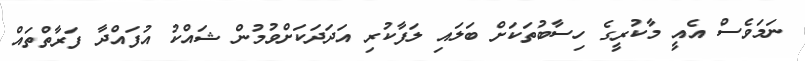
ނަމަވެސް އެއީ މާކުރީގެ ހިސާބުތަކަށް ބަލައި ލަފާކުރި އަދަދަކަށްވުމުން ޝައްކު އުފައްދާ ފަރާތްތައް